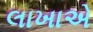
લાખાએ